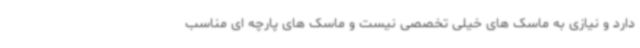
دارد و نیازی به ماسک های خیلی تخصصی نیست و ماسک های پارچه ای مناسب